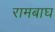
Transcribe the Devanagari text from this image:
रामबाघ